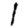
Digit: 1